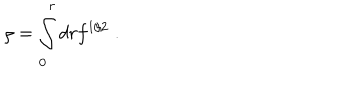
LaTeX: \rho = \int _ { 0 } ^ { r } d r f ^ { 1 / 2 } \; .